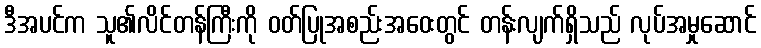
ဒီအပင်က သူ၏လိင်တန်ကြီးကို ဝတ်ပြုအစည်းအဝေးတွင် တန်းလျက်ရှိသည် လုပ်အမှုဆောင်